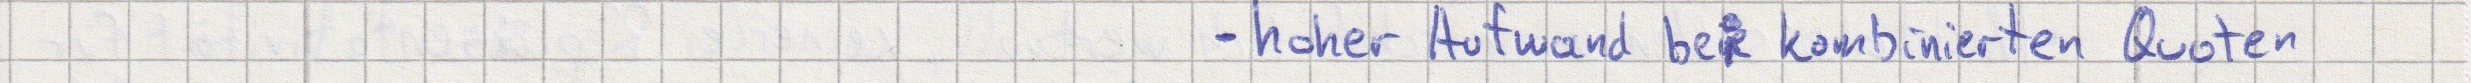
- hoher Aufwand bei kombinierten Quoten